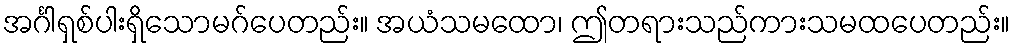
အင်္ဂါရှစ်ပါးရှိသောမဂ်ပေတည်း။ အယံသမထော၊ ဤတရားသည်ကားသမထပေတည်း။